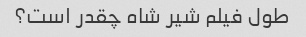
طول فیلم شیر شاه چقدر است؟